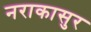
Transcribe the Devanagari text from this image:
नराकासुर